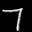
Label: 7